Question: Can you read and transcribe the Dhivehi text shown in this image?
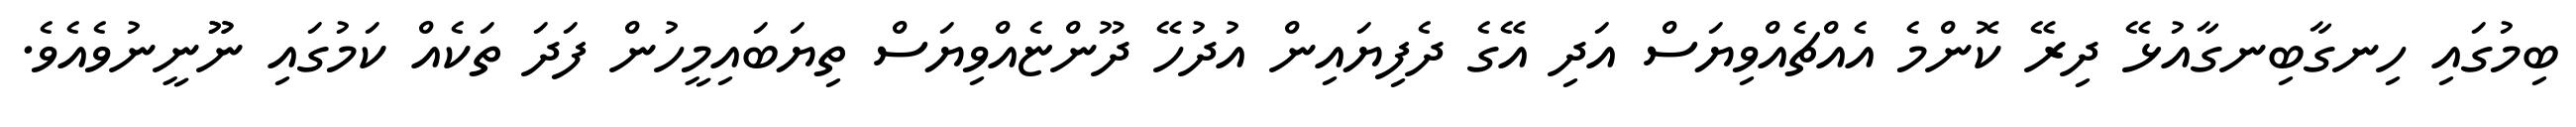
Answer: ބިމުގައި ހިނގާބިނގާއުޅޭ ދިރޭ ކޮންމެ އެއްޗެއްވިޔަސް އަދި އޭގެ ދެފިޔައިން އުދުހޭ ދޫންޏެއްވިޔަސް ތިޔަބައިމީހުން ފަދަ ތަކެއް ކަމުގައި ނޫޫނީނުވެއެވެ.